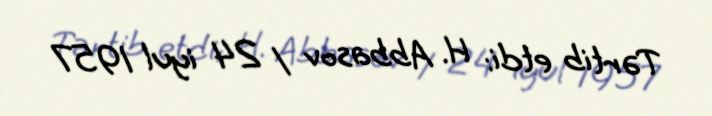
Tərtib etdi: H. Abbasov / 24 iyul 1957